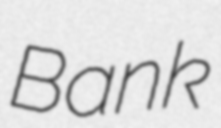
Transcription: Bank